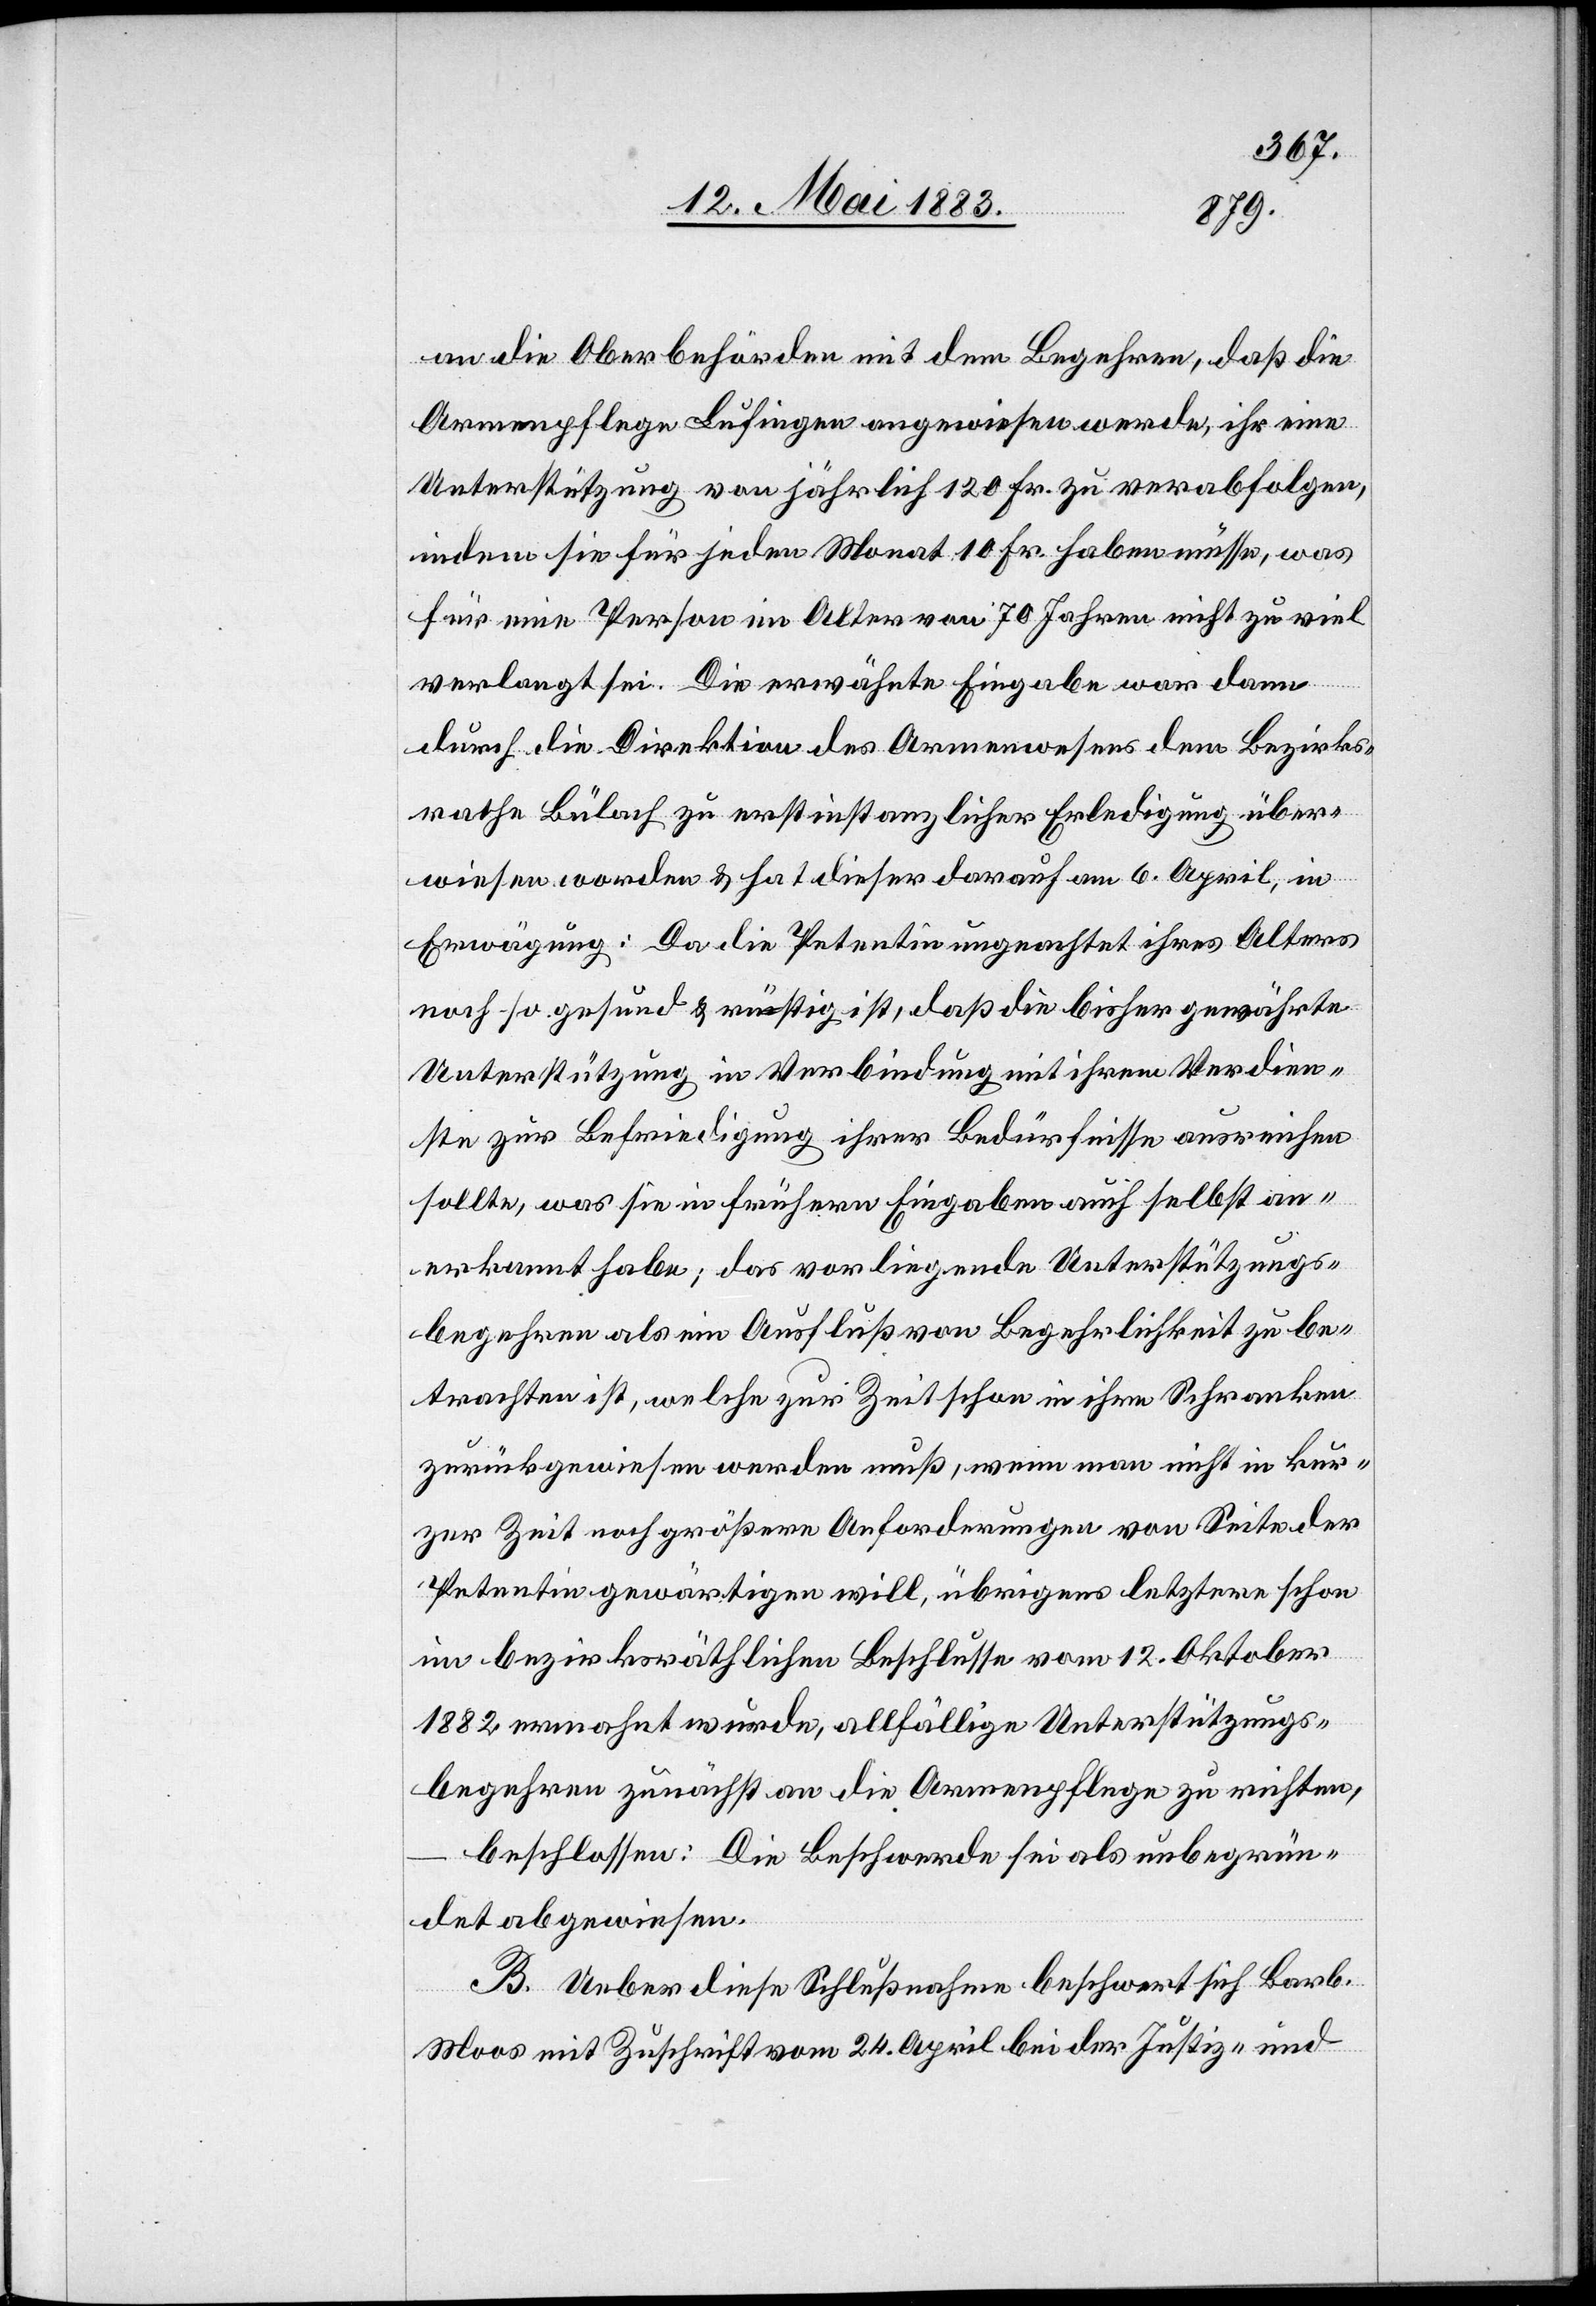
an die Oberbehörden mit dem Begehren, daß die
Armenpflege Lufigen angewiesen werde, ihr eine
Unterstützung von jährlich 120 Fr. zu verabfolgen,
indem sie für jeden Monat 10 Fr. haben müsse, was
für eine Person im Alter von 70 Jahren nicht zu viel
verlangt sei. Die erwähnte Eingabe war dann
durch die Direktion des Armenwesens dem Bezirks¬
rathe Bülach zu erstinstanzlicher Erledigung über¬
wiesen worden & hat dieser darauf am 6. April, in
Erwägung: Da die Petentin ungeachtet ihres Alters
noch so gesund & rüstig ist, daß die bisher gewährte
Unterstützung in Verbindung mit ihrem Verdien¬
ste zur Befriedigung ihrer Bedürfnisse ausreichen
sollte, was sie in frühern Eingaben auch selbst an¬
erkannt habe; das vorliegende Unterstützungs¬
begehren als ein Ausfluß von Begehrlichkeit zu be¬
trachten ist, welche zur Zeit schon in ihre Schranken
zurückgewiesen werden muß, wenn man nicht in kur¬
zer Zeit noch größere Anforderungen von Seite der
Petentin gewärtigen will, übrigens letztere schon
im bezirksräthlichen Beschlusse vom 12. Oktober
1882 ermahnt wurde, allfällige Unterstützungs¬
begehren zunächst an die Armenpflege zu richten,
beschlossen: Die Beschwerde sei als unbegrün¬
det abgewiesen.
B. Ueber diese Schlußnahme beschwert sich Barb.
Moos mit Zuschrift vom 14. April bei der Justiz- und